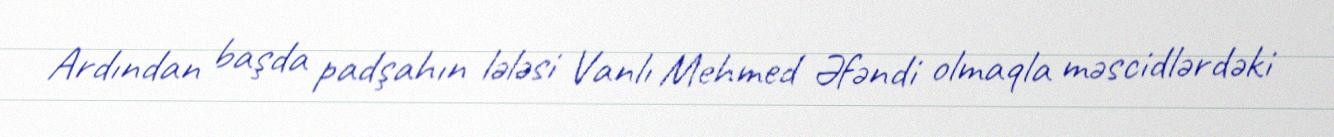
Ardından başda padşahın lələsi Vanlı Mehmed Əfəndi olmaqla məscidlərdəki